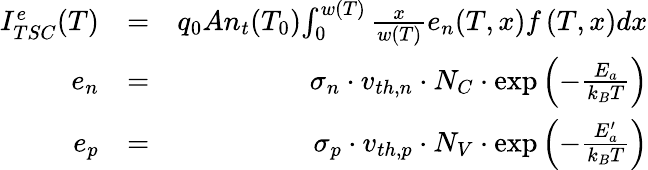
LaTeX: \begin{array}{rlr}{I_{TSC}^{e}(T)}&{=}&{q_{0}An_{t}(T_{0}){\int_{0}^{w(T)}{\frac{x}{w(T)}}e_{n}(T,x)f\left(T,x\right)}dx}\\ {e_{n}}&{=}&{{\sigma_{n}\cdot v_{th,n}\cdot N_{C}\cdot\exp{\left(-{\frac{E_{a}}{k_{B}T}}\right)}}}\\ {e_{p}}&{=}&{{\sigma_{p}\cdot v_{th,p}\cdot N_{V}\cdot\exp{\left(-{\frac{E_{a}^{\prime}}{k_{B}T}}\right)}}}\end{array}